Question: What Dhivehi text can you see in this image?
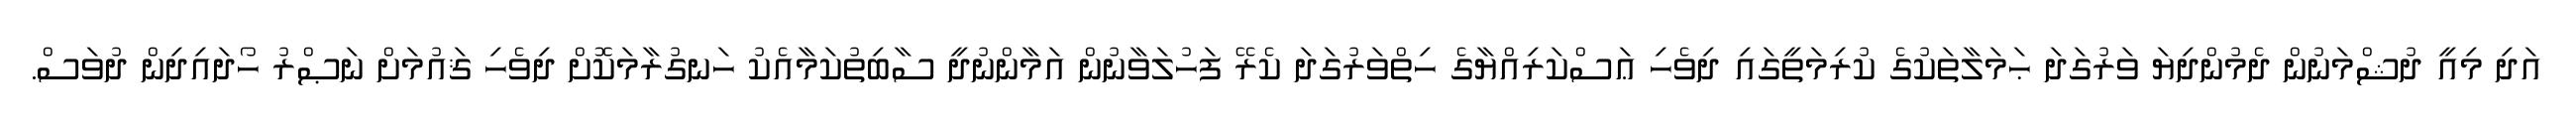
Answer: އަދި މިއީ ދުޝްމަނުން ދެމުންދިޔަ ވަރުގަދަ ޙަމަލާތަކުގެ ކުރިމަތީގައި ދިވެހި ޢަސްކަރިއްޔާގެ ހިތްވަރުގަދަ ކެރޭ ފަހުލަވާނުން އަމާންނުދީ ސާބިތުކަމާއެކު ހަނގުރާމަކޮށް ދިވެހި ޤައުމަށް ނަޞްރު ހޯދައިދިން ދުވަސް.